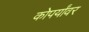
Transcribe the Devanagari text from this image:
कोपर्यांवर